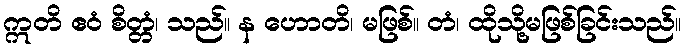
ဣတိ ဧဝံ စိတ္တံ၊ သည်။ န ဟောတိ၊ မဖြစ်။ တံ၊ ထိုသို့မဖြစ်ခြင်းသည်။